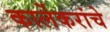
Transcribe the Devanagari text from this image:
कार्लेकरांचे